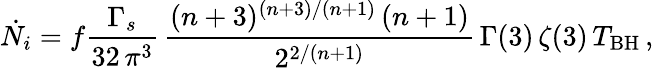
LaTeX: \dot{N_{i}}=f\frac{\Gamma_{s}}{32\, \pi^{3}}\, \frac{(n+3)^{(n+3)/(n+1)}\, (n+1)}{2^{2/(n+1)}}\, \Gamma(3)\, \zeta(3)\, T_{\mathrm{BH}}\, ,